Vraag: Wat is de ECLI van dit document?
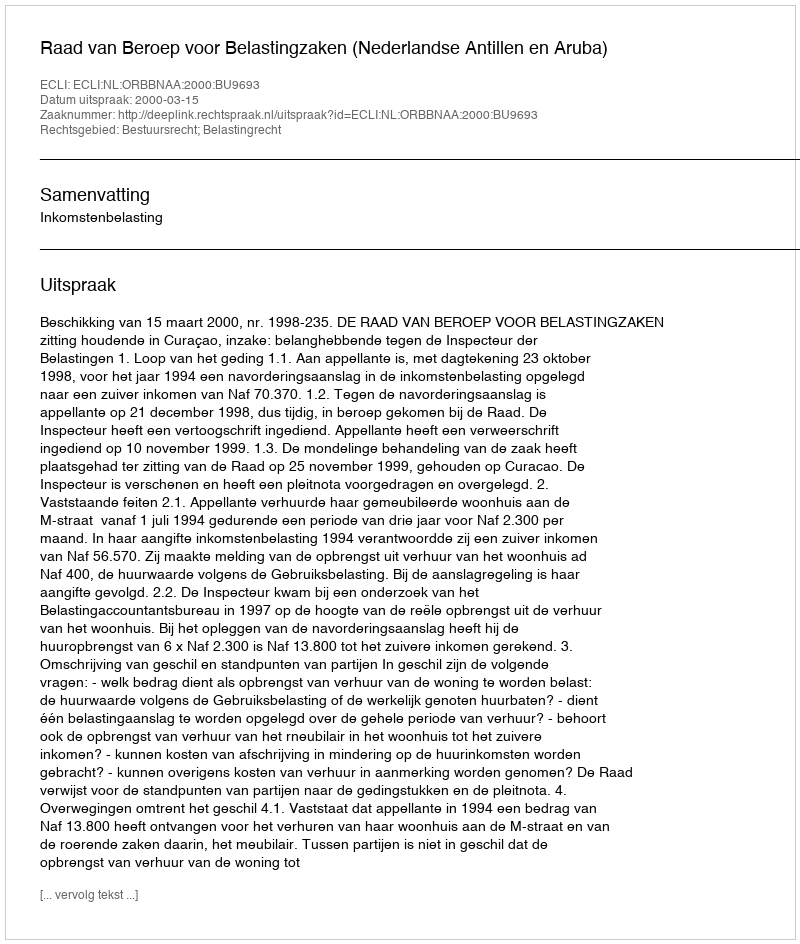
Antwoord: ECLI:NL:ORBBNAA:2000:BU9693